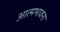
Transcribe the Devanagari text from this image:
आत्मभावना